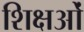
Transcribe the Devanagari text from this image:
शिक्षओं